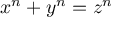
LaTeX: x ^ { n } + y ^ { n } = z ^ { n }